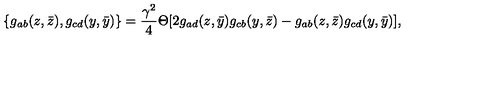
\{ g _ { a b } ( z , \bar { z } ) , g _ { c d } ( y , \bar { y } ) \} = \frac { \gamma ^ { 2 } } { 4 } \Theta [ 2 g _ { a d } ( z , \bar { y } ) g _ { c b } ( y , \bar { z } ) - g _ { a b } ( z , \bar { z } ) g _ { c d } ( y , \bar { y } ) ] ,